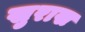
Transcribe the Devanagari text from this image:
खुराख